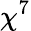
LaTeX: \chi^{7}